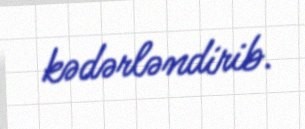
kədərləndirib.